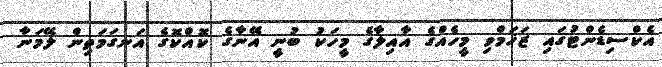
އެކްސިޑެންޓުގައި ޒަޚަމްވި މީހެއްގެ އާއިލާގެ މީހަކު ބުނީ އޭނާގެ ކޮއްކޮގެ އަނގަމަތިން ލޭމަނާ